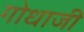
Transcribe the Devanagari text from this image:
गोधाजी